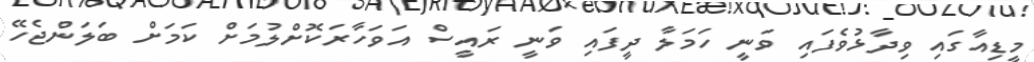
މީޑިއާގައި ވިދާޅުވެފައި ވަނީ ހަމަލާ ދީފައި ވަނީ ރައީސް އަވަހާރަކޮށްލުމަށް ކަމަށް ބަލަންޖެހޭ